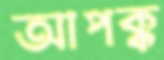
আপক্ক